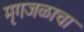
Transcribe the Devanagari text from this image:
मृगजळाचा